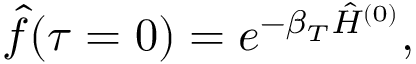
\hat { f } ( \tau = 0 ) = e ^ { - \beta _ { T } \hat { H } ^ { ( 0 ) } } ,